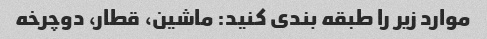
موارد زیر را طبقه بندی کنید: ماشین، قطار، دوچرخه